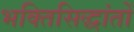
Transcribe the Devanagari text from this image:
भक्तिसिद्धांतों